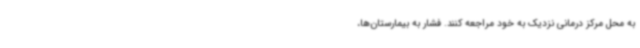
به محل مرکز درمانی نزدیک به خود مراجعه کنند. فشار به بیمارستان‌ها،